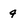
Character: 4